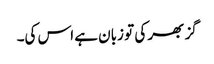
گز بھر کی تو زبان ہے اس کی۔